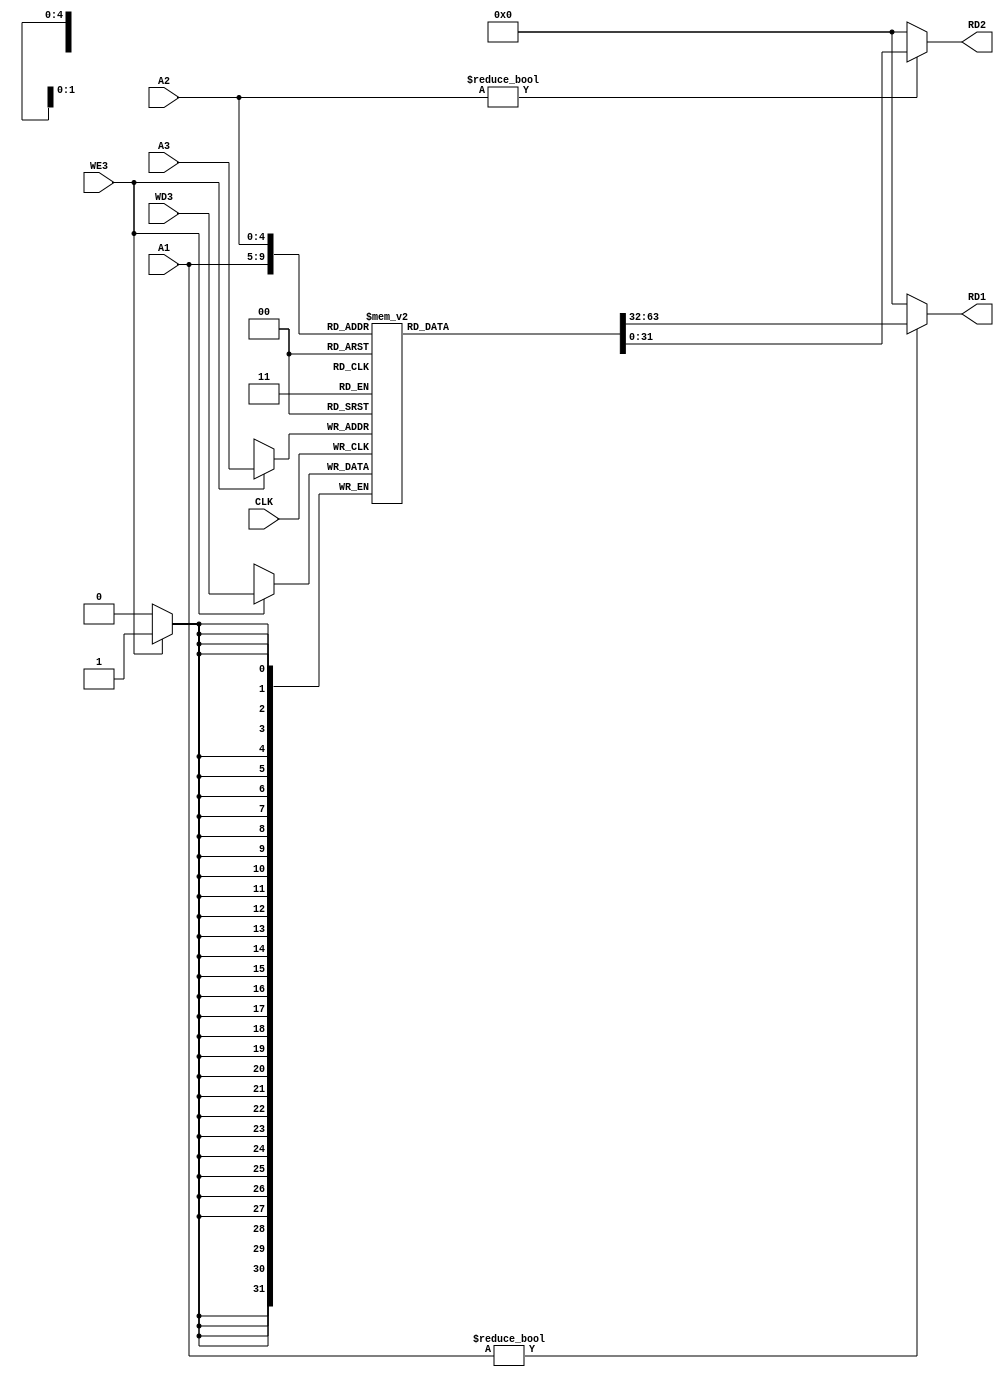
module Register_File(input         CLK, 
               input         WE3, 
               input  [4:0]  A1, A2, A3, 
               input  [31:0] WD3, 
               output [31:0] RD1, RD2);

  reg [31:0] rf[31:0];

  always @(negedge CLK)
    if (WE3) rf[A3] <= WD3;	//for writing on reg if needed

  assign RD1 = (A1 != 0) ? rf[A1] : 32'b0; //reading from reg if reg #0 selected output will be hardwired to 0
  assign RD2 = (A2 != 0) ? rf[A2] : 32'b0;
endmodule